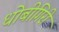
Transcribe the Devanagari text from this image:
धोबीगिरी